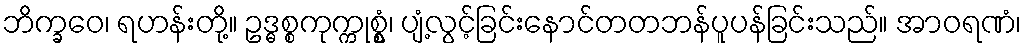
ဘိက္ခဝေ၊ ရဟန်းတို့။ ဥဒ္ဓစ္စကုက္ကုစ္စွံ၊ ပျံ့လွင့်ခြင်းနောင်တတဘန်ပူပန်ခြင်းသည်။ အာဝရဏံ၊